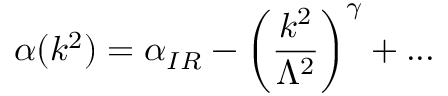
\alpha ( k ^ { 2 } ) = \alpha _ { I R } - \left( { \frac { k ^ { 2 } } { \Lambda ^ { 2 } } } \right) ^ { \gamma } + . . .